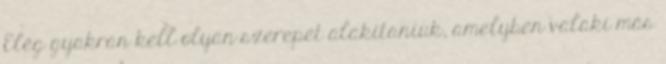
Elég gyakran kell olyan szerepet alakítaniuk, amelyben valaki más